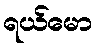
ရယ်မော